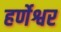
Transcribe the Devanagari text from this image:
हर्णेश्वर